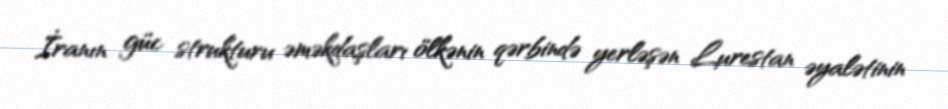
İranın güc strukturu əməkdaşları ölkənin qərbində yerləşən Lurestan əyalətinin